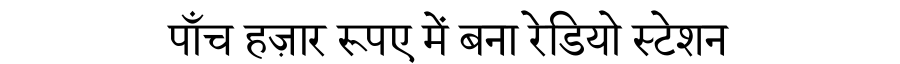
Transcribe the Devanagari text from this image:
पाँच हज़ार रूपए में बना रेडियो स्टेशन